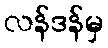
လန်ဒန်မှ